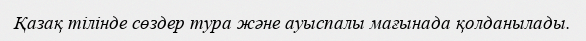
Қазақ тілінде сөздер тура және ауыспалы мағынада қолданылады.